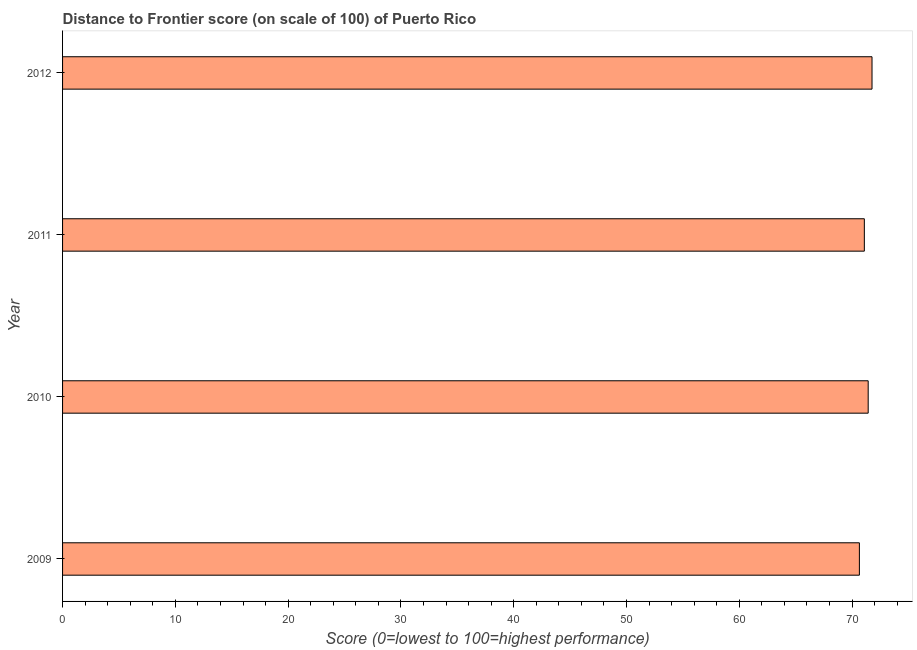
| Year | Distance to frontier score |
 | --- | --- |
 | 2009 | 70.7 |
 | 2010 | 71.4 |
 | 2011 | 71.1 |
 | 2012 | 71.8 |